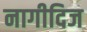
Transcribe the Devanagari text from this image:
नागीदिज